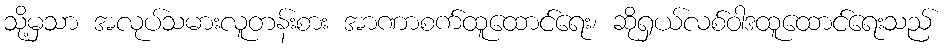
သို့မှသာ အလုပ်သမားလူတန်းစား အာဏာစက်ထူထောင်ရေး၊ ဆိုရှယ်လစ်ဝါဒထူထောင်ရေးသည်